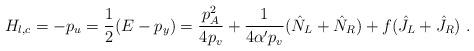
LaTeX: \begin{align*}H_{l,c} = - p_u = \frac{1}{2}(E - p_y) = \frac{p^2_A}{4 p_v} + \frac{1}{4 \alpha ' p_v} (\hat N _L + \hat N _R) + f (\hat J_L + \hat J_R )~.\end{align*}